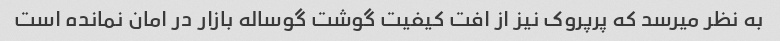
به نظر میرسد که پرپروک نیز از افت کیفیت گوشت گوساله بازار در امان نمانده است